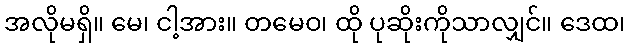
အလိုမရှိ။ မေ၊ ငါ့အား။ တမေဝ၊ ထို ပုဆိုးကိုသာလျှင်။ ဒေထ၊